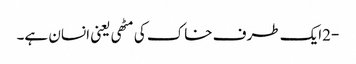
-2ایک طرف خاک کی مٹھی یعنی انسان ہے۔